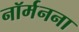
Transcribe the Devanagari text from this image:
नॉर्मनना